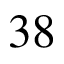
3 8